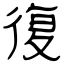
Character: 復